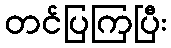
တင်ပြကြပြီး